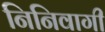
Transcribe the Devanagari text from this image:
निनिवागी